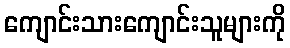
ကျောင်းသားကျောင်းသူများကို